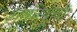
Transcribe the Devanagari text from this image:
शांतिदूतों